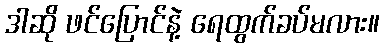
ဒါဆို ဖင်ပြောင်နဲ့ ရေထွက်ခပ်မလား။